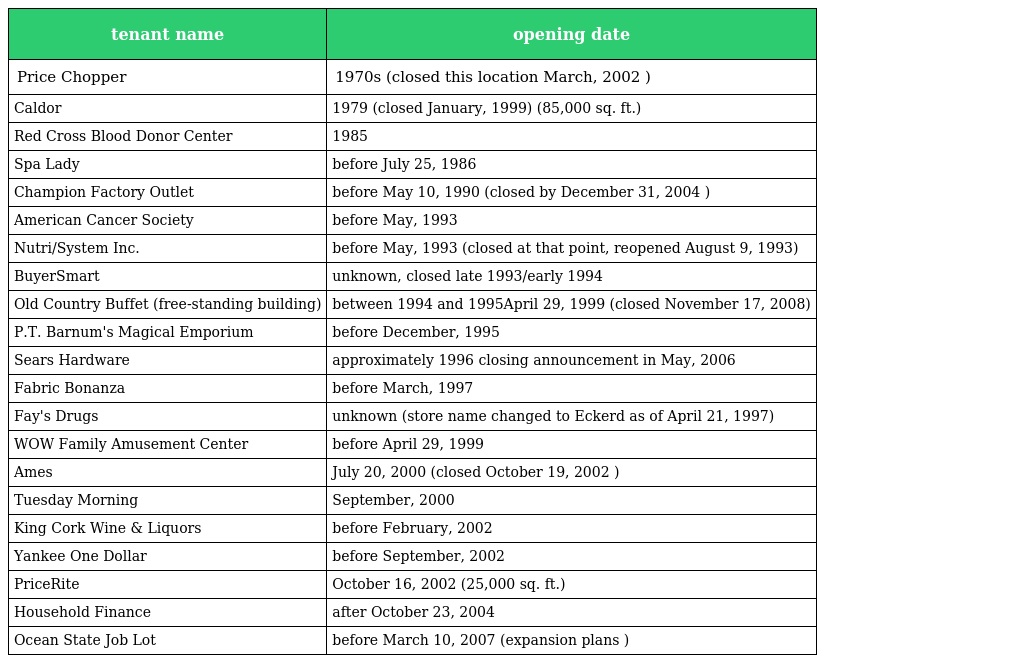
| tenant name | opening date |
 | --- | --- |
 | Price Chopper | 1970s (closed this location March, 2002 ) |
 | Caldor | 1979 (closed January, 1999) (85,000 sq. ft.) |
 | Red Cross Blood Donor Center | 1985 |
 | Spa Lady | before July 25, 1986 |
 | Champion Factory Outlet | before May 10, 1990 (closed by December 31, 2004 ) |
 | American Cancer Society | before May, 1993 |
 | Nutri/System Inc. | before May, 1993 (closed at that point, reopened August 9, 1993) |
 | BuyerSmart | unknown, closed late 1993/early 1994 |
 | Old Country Buffet (free-standing building) | between 1994 and 1995April 29, 1999 (closed November 17, 2008) |
 | P.T. Barnum's Magical Emporium | before December, 1995 |
 | Sears Hardware | approximately 1996 closing announcement in May, 2006 |
 | Fabric Bonanza | before March, 1997 |
 | Fay's Drugs | unknown (store name changed to Eckerd as of April 21, 1997) |
 | WOW Family Amusement Center | before April 29, 1999 |
 | Ames | July 20, 2000 (closed October 19, 2002 ) |
 | Tuesday Morning | September, 2000 |
 | King Cork Wine & Liquors | before February, 2002 |
 | Yankee One Dollar | before September, 2002 |
 | PriceRite | October 16, 2002 (25,000 sq. ft.) |
 | Household Finance | after October 23, 2004 |
 | Ocean State Job Lot | before March 10, 2007 (expansion plans ) |